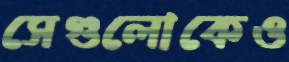
সেগুলোকেও